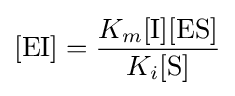
[{\mathrm {EI} }]={\frac {K_{m}[{\ce {I}}][{\mathrm {ES} }]}{K_{i}[{\ce {S}}]}}